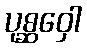
ပုစ္ဆဝှေါ